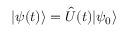
| \psi ( t ) \rangle = \hat { U } ( t ) | \psi _ { 0 } \rangle